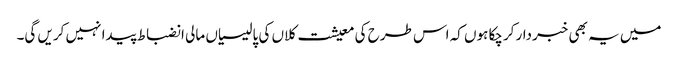
میں یہ بھی خبردار کرچکا ہوں کہ اس طرح کی معیشت کلاں کی پالیسیاں مالی انضباط پیدا نہیں کریں گی۔